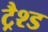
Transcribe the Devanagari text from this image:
ट्रैश्ड